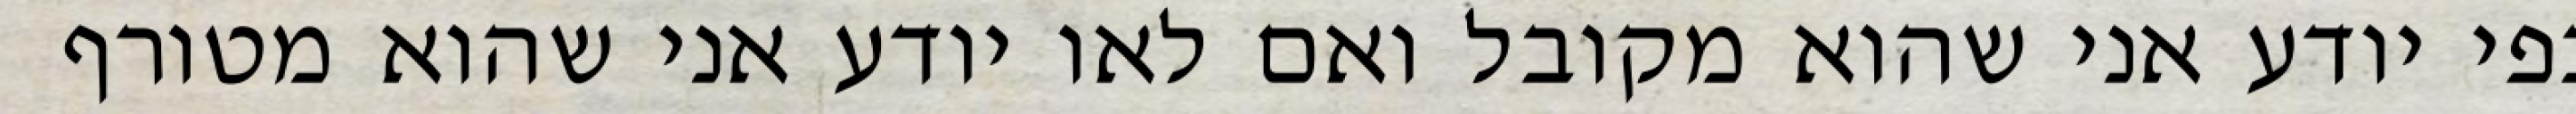
בפי יודע אני שהוא מקובל ואם לאו יודע אני שהוא מטורף